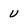
Character: V